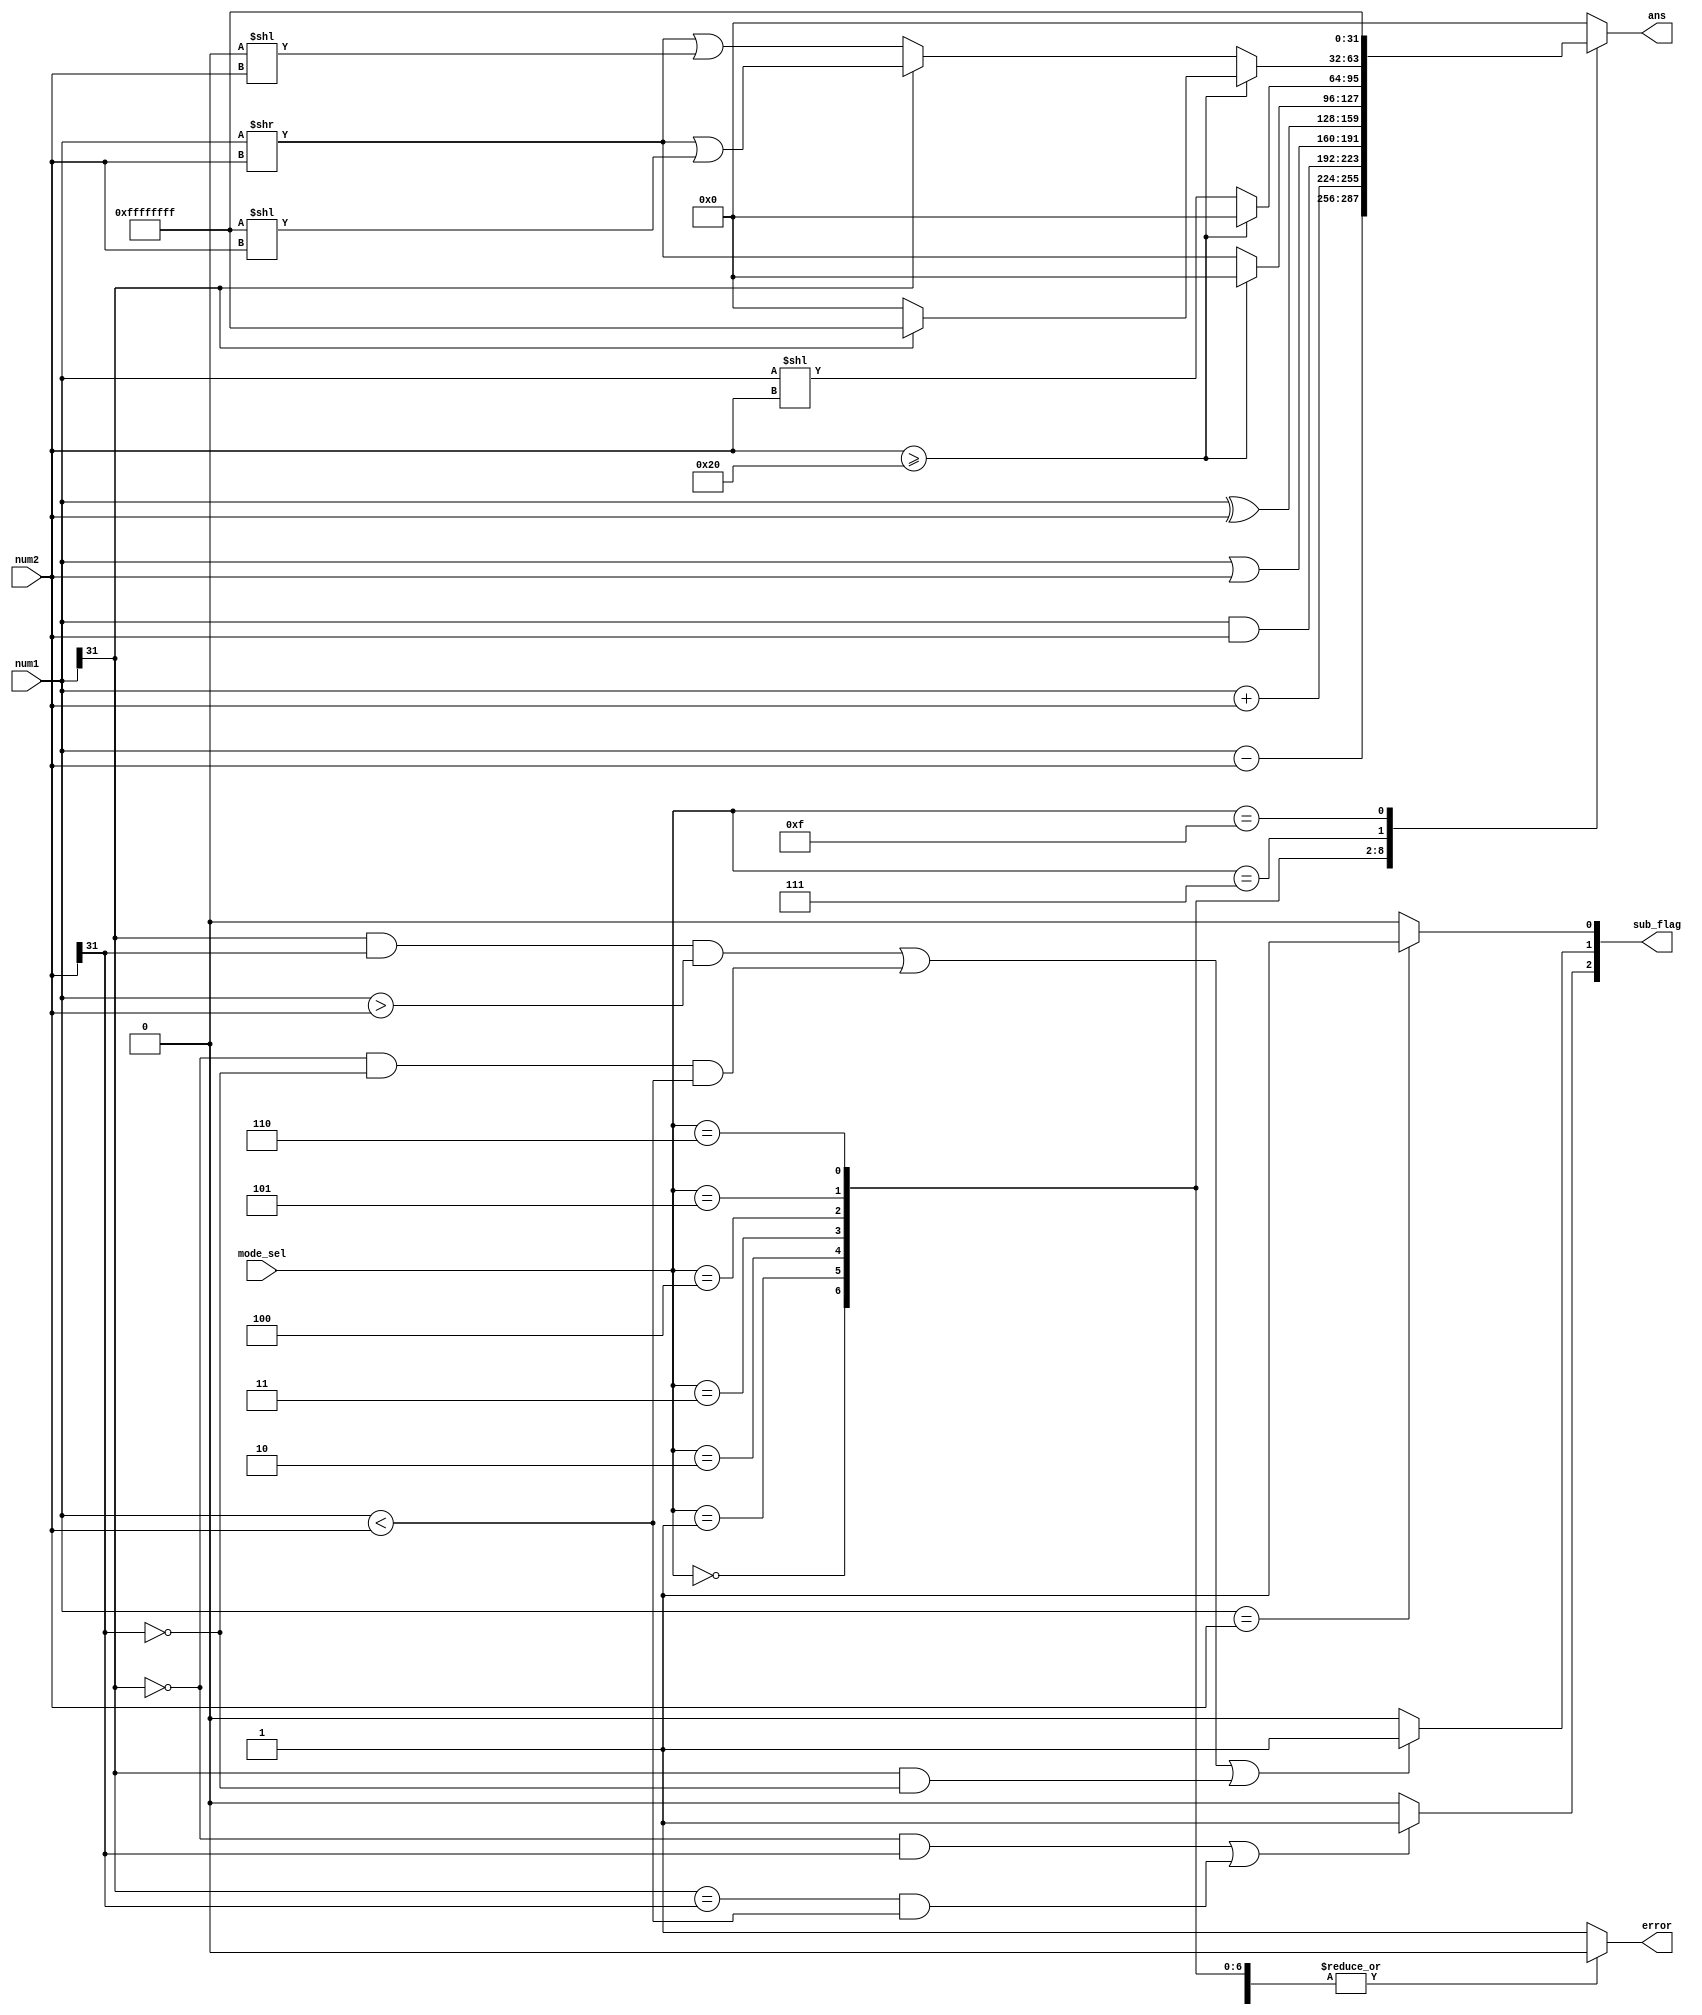
`timescale 1ns / 1ps
//////////////////////////////////////////////////////////////////////////////////
// Company: 
// Engineer: 
// 
// Design Name: 
// Module Name: ALU
// Project Name: 
// Target Devices: 
// Tool Versions: 
// Description: 
// 
// Dependencies: 
// 
// Revision:
// Revision 0.01 - File Created
// Additional Comments:
// 
//////////////////////////////////////////////////////////////////////////////////


/*
    ================================   ALU module   ================================
    Author:         Wintermelon
    Last Edit:      2022.3.18

    This is a basic arithmetic logic unit.
    User can change the data width while instantiating.
*/

module ALU 
#(
    parameter WIDTH = 32                          
)
(
    input [WIDTH-1 : 0] num1, num2,               // The source data
    input [3:0] mode_sel,                         // ALU working mode sel
    output reg [WIDTH-1 : 0] ans,                 // The answer
    output [2:0] sub_flag,                        // The flag for sub mode: equal, less than, unsigned less than
    output reg error                              // The error signal     
);

    // Some used variables
    reg [3:0] counter;      
    reg [WIDTH-1 : 0] temp;

    // Below is the ALU working mode table
    localparam SUB = 4'h0;
    localparam ADD = 4'h1;
    localparam AND = 4'h2;
    localparam OR = 4'h3;
    localparam XOR = 4'h4;
    localparam RMV = 4'h5;      // Right shift (logic)
    localparam LMV = 4'h6;      // Left shift  (logic)
    localparam ARMV = 4'h7;     // Right shift (arithmetic)
    localparam TEST = 4'hF;


    // equal 
    assign sub_flag[0] = (num1 == num2 ? 1 : 0);       
    // signed less than
    assign sub_flag[1] = ((num1[WIDTH-1] == 1 && num2[WIDTH-1] == 1 && num1 > num2) || 
                          (num1[WIDTH-1] == 0 && num2[WIDTH-1] == 0 && num1 < num2) ||
                          (num1[WIDTH-1] == 1 && num2[WIDTH-1] == 0) ) ? 1 : 0;     
    // unsigned less than  
    assign sub_flag[2] = ((num1[WIDTH-1] == 0 && num2[WIDTH-1] == 1) || 
                          (num1[WIDTH-1] == num2[WIDTH-1] && num1 < num2)) ? 1 : 0;
  

    always @(*) begin
        error = 0;
        case(mode_sel)
            SUB: begin
                ans = num1 - num2;
            end

            ADD: begin
                ans = num1 + num2;
            end

            AND: begin
                ans = num1 & num2;
            end

            OR: begin
                ans = num1 | num2;
            end

            XOR: begin
                ans = num1 ^ num2;
            end

            RMV: begin 
                if (num2 >= WIDTH) begin
                    ans = {WIDTH{1'b0}};
                end
                else begin
                    ans = num1 >> num2;
                end
            end

            LMV: begin
                if (num2 >= WIDTH) begin
                    ans = {WIDTH{1'b0}};
                end
                else begin
                    ans = num1 << num2;
                end
            end

            ARMV: begin
                temp = 'b0;
                counter = num1[WIDTH-1];   
                if (num2 >= WIDTH) begin
                    if (counter == 0)
                        ans = {WIDTH{1'b0}};
                    else
                        ans = {WIDTH{1'b1}};
                end
                else begin
                    temp = num1 >> num2;
                              
                    if (counter == 1)
                        ans = temp | ({WIDTH{1'b1}} << num2);
                    else begin
                        ans = temp | ({WIDTH{1'b0}} << num2);
                    end
                end
            end

            TEST: begin
                ans = {WIDTH{1'b1}};        // All 1
            end

            default : begin
                ans = 'b0;
                error = 1'b1;
            end
                
        endcase
    end

endmodule